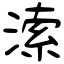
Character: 溹